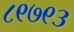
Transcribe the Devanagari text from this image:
८९७९३